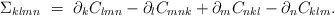
\begin{align*}\Sigma_{klmn} \ = \ \partial_k C_{lmn} - \partial_l C_{mnk} + \partial_m C_{nkl} - \partial_n C_{klm}.\end{align*}